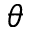
\theta